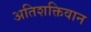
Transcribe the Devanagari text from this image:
अतिशक्तिवान